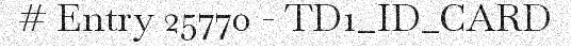
# Entry 25770 - TD1_ID_CARD